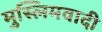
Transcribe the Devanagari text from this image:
मुस्लिमवादी